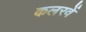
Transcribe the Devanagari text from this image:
कलरवें